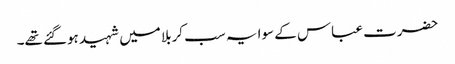
حضرت عباس کے سوا یہ سب کربلا میں شہید ہوگئے تھے۔